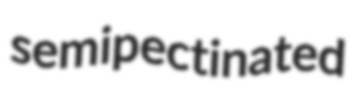
semipectinated